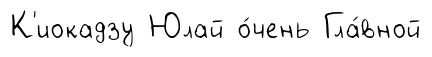
К'иокадзу Юлай о́чень Гла́вной